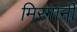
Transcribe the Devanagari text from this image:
मिरगानी